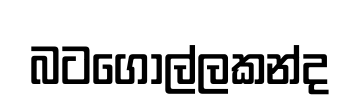
බටගොල්ලකන්ද